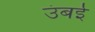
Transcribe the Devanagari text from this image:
उंबई